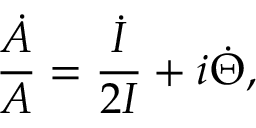
\frac { \dot { A } } { A } = \frac { \dot { I } } { 2 I } + i \dot { \Theta } ,